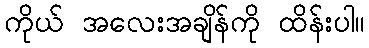
ကိုယ် အလေးအချိန်ကို ထိန်းပါ။